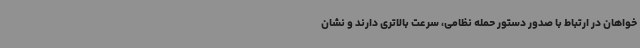
خواهان در ارتباط با صدور دستور حمله نظامی، سرعت بالاتری دارند و نشان